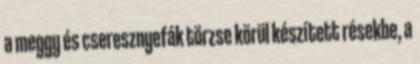
a meggy és cseresznyefák törzse körül készített résekbe, a